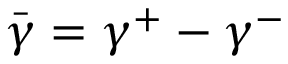
\bar { \gamma } = \gamma ^ { + } - \gamma ^ { - }